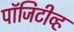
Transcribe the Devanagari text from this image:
पॉजिटीव्ह